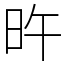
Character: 旿